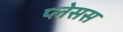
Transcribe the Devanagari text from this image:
प्लेसस